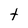
Character: t